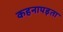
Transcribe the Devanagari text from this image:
कहनापड़ता